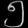
Digit: ၅